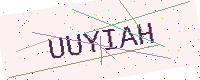
Text: UUYIAH